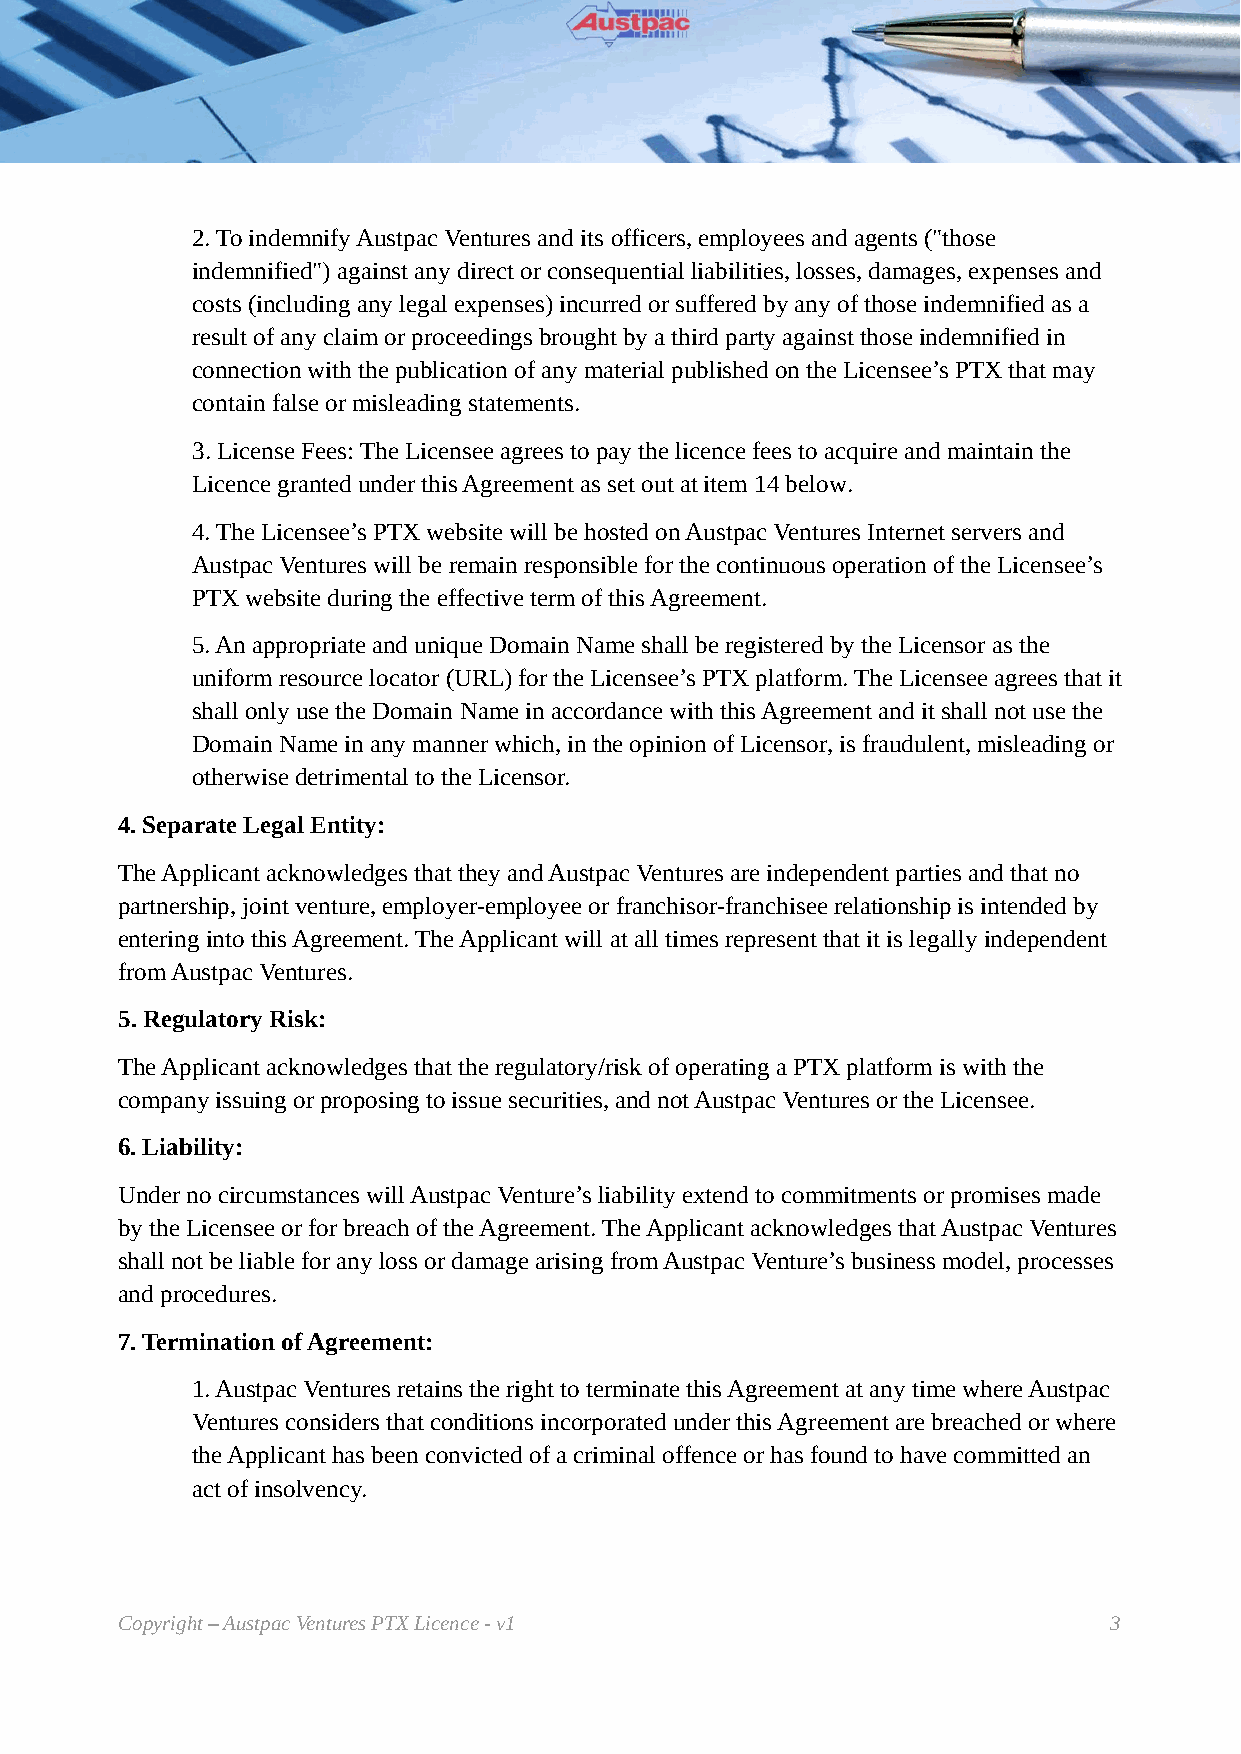
2. To indemnify Austpac Ventures and its officers, employees and agents ("those
 indemnified") against any direct or consequential liabilities, losses, damages, expenses and
 costs (including any legal expenses) incurred or suffered by any of those indemnified as a
 result of any claim or proceedings brought by a third party against those indemnified in
 connection with the publication of any material published on the Licensee’s PTX that may
 contain false or misleading statements.
 3. License Fees: The Licensee agrees to pay the licence fees to acquire and maintain the
 Licence granted under this Agreement as set out at item 14 below.
 4. The Licensee’s PTX website will be hosted on Austpac Ventures Internet servers and
 Austpac Ventures will be remain responsible for the continuous operation of the Licensee’s
 PTX website during the effective term of this Agreement.
 5. An appropriate and unique Domain Name shall be registered by the Licensor as the
 uniform resource locator (URL) for the Licensee’s PTX platform. The Licensee agrees that it
 shall only use the Domain Name in accordance with this Agreement and it shall not use the
 Domain Name in any manner which, in the opinion of Licensor, is fraudulent, misleading or
 otherwise detrimental to the Licensor.
 4. Separate Legal Entity:
 The Applicant acknowledges that they and Austpac Ventures are independent parties and that no
 partnership, joint venture, employer-employee or franchisor-franchisee relationship is intended by
 entering into this Agreement. The Applicant will at all times represent that it is legally independent
 from Austpac Ventures.
 5. Regulatory Risk:
 The Applicant acknowledges that the regulatory/risk of operating a PTX platform is with the
 company issuing or proposing to issue securities, and not Austpac Ventures or the Licensee.
 6. Liability:
 Under no circumstances will Austpac Venture’s liability extend to commitments or promises made
 by the Licensee or for breach of the Agreement. The Applicant acknowledges that Austpac Ventures
 shall not be liable for any loss or damage arising from Austpac Venture’s business model, processes
 and procedures.
 7. Termination of Agreement:
 1. Austpac Ventures retains the right to terminate this Agreement at any time where Austpac
 Ventures considers that conditions incorporated under this Agreement are breached or where
 the Applicant has been convicted of a criminal offence or has found to have committed an
 act of insolvency.
 Copyright – Austpac Ventures PTX Licence - v1                    3